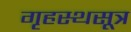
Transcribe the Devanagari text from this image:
गृहस्थसूत्र